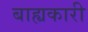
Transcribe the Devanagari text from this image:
बाह्यकारी